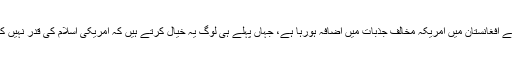
اِس سے افغانستان میں امریکہ مخالف جذبات میں اضافہ ہورہا ہے، جہاں پہلے ہی لوگ یہ خیال کرتے ہیں کہ امریکی اسلام کی قدر نہیں کرتے۔